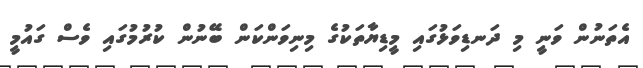
އެތަނުން ވަނީ މި ދަނޑިވަޅުގައި މީޑިޔާތަކުގެ މިނިވަންކަން ބޭނުން ކުރުމުގައި ވެސް ގައުމީ